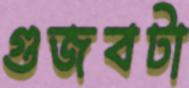
গুজবটা